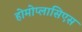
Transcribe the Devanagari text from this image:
होमोप्लासिएस